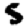
Digit: 5